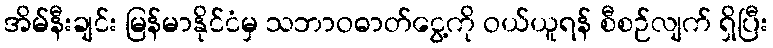
အိမ်နီးချင်း မြန်မာနိုင်ငံမှ သဘာဝဓာတ်ငွေ့ကို ဝယ်ယူရန် စီစဉ်လျက် ရှိပြီး